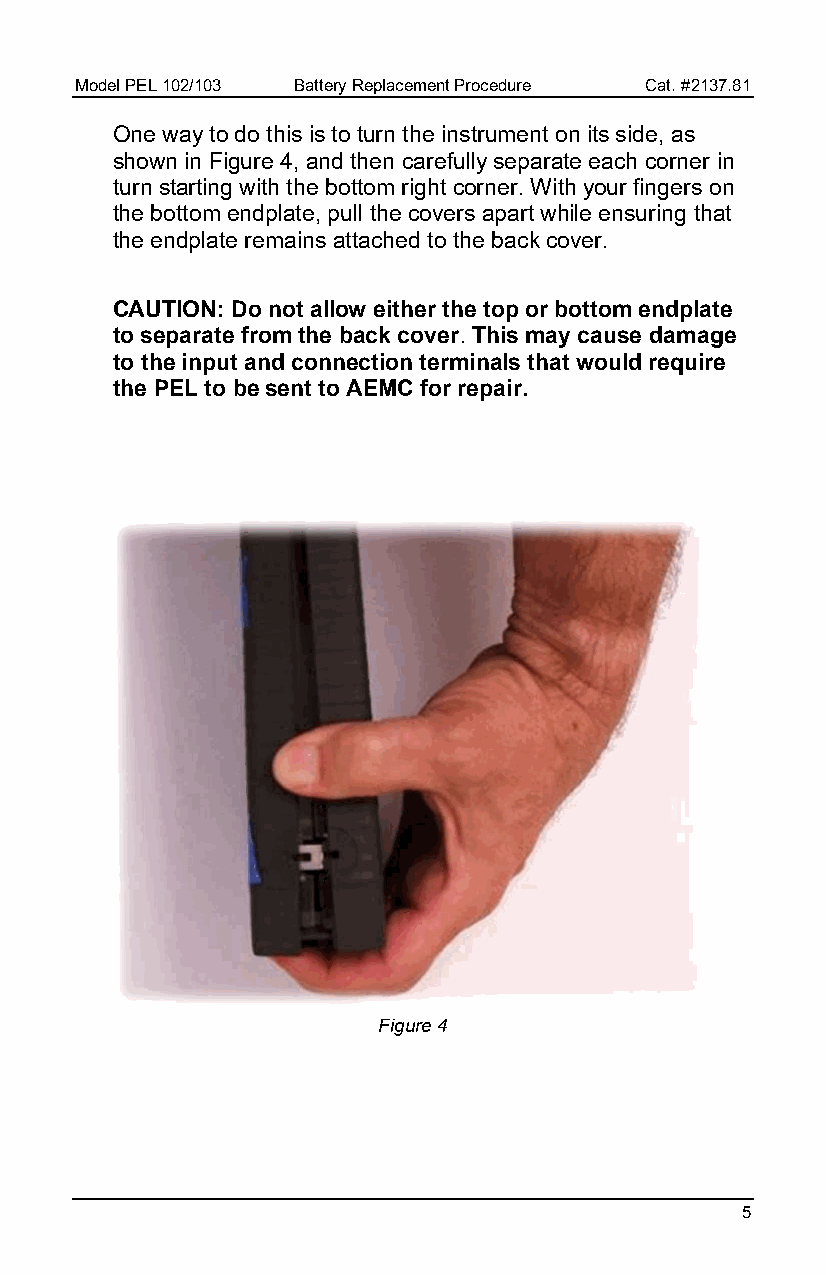
Model PEL 102/103 Battery Replacement Procedure Cat. #2137.81
 One way to do this is to turn the instrument on its side, as
 shown in Figure 4, and then carefully separate each corner in
 turn starting with the bottom right corner. With your fingers on
 the bottom endplate, pull the covers apart while ensuring that
 the endplate remains attached to the back cover.
 CAUTION: Do not allow either the top or bottom endplate
 to separate from the back cover. This may cause damage
 to the input and connection terminals that would require
 the PEL to be sent to AEMC for repair.
 Figure 4
 5